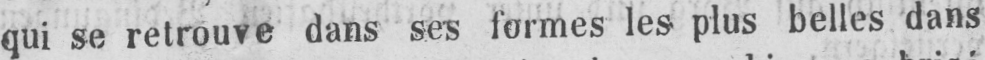
qui se retrouve dans ses formes les plus belles dans